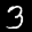
Label: 3